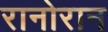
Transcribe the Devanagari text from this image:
रानोरान